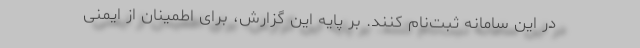
در این سامانه ثبت‌نام کنند. بر پایه این گزارش، برای اطمینان از ایمنی